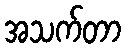
အသက်တာ